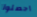
احصلوا